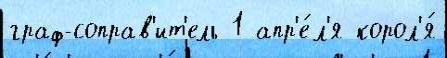
граф-соправ'ит'ель 1 апр'е́л'я корол'я́